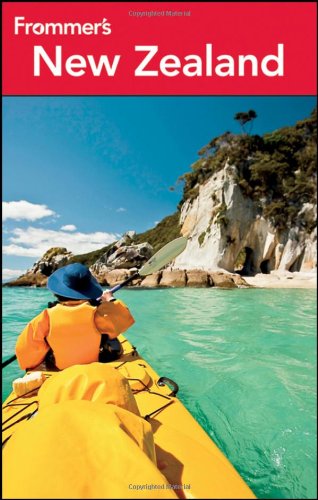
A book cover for Frommer's New Zealand (Frommer's Complete Guides); Adrienne Rewi; Travel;